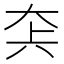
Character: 𡘂